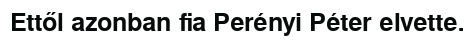
Ettől azonban fia Perényi Péter elvette.